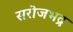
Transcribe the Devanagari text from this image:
सरोजभद्र